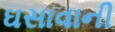
ઘસાવાની